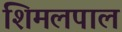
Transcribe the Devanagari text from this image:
शिमलपाल